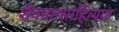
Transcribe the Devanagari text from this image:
शैवमतसाहित्यांत